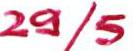
29/5